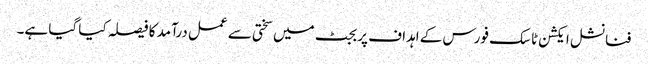
فنانشل ایکشن ٹاسک فورس کے اہداف پر بجٹ میں سختی سے عمل درآمد کا فیصلہ کیا گیا ہے۔